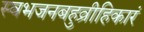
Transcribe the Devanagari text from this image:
स्वभजनबहुव्रीहिकारं